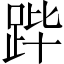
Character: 跸